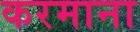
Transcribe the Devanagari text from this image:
करमाना